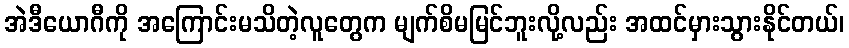
အဲဒီယောဂီကို အကြောင်းမသိတဲ့လူတွေက မျက်စိမမြင်ဘူးလို့လည်း အထင်မှားသွားနိုင်တယ်၊